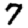
Digit: 7